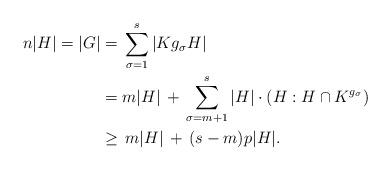
LaTeX: \begin{align*}n|H| = |G| & = \, \sum_{\sigma = 1}^{s} |K g_\sigma H| \\& = m|H| \,+\, \sum_{\sigma = m+1}^{s} |H|\cdot (H : H \cap K^{g_\sigma}) \\&\geq\, m|H| \,+\, (s-m)p|H|.\end{align*}